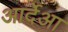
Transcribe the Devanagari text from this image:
आर्देआ